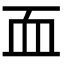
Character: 𮕜